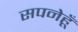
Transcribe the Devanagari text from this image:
सपनेहूँ